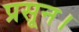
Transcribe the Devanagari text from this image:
प्रसून।